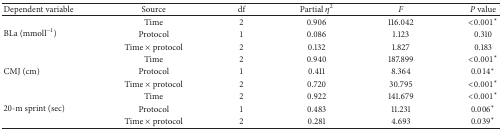
| Dependent variable | Source | df | Partial η2 | F | P value |
 | --- | --- | --- | --- | --- | --- |
 | <ROWSPAN=3> BLa (mmoll−1) | Time | 2 | 0.906 | 116.042 | <0.001∗ |
 | Protocol | 1 | 0.086 | 1.123 | 0.310 |
 | Time × protocol | 2 | 0.132 | 1.827 | 0.183 |
 | <ROWSPAN=3> CMJ (cm) | Time | 2 | 0.940 | 187.899 | <0.001∗ |
 | Protocol | 1 | 0.411 | 8.364 | 0.014∗ |
 | Time × protocol | 2 | 0.720 | 30.795 | <0.001∗ |
 | <ROWSPAN=3> 20-m sprint (sec) | Time | 2 | 0.922 | 141.679 | <0.001∗ |
 | Protocol | 1 | 0.483 | 11.231 | 0.006∗ |
 | Time × protocol | 2 | 0.281 | 4.693 | 0.039∗ |